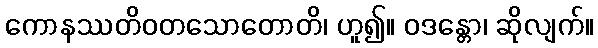
ကောနဿတိဝတသောတောတိ၊ ဟူ၍။ ဝဒန္တော၊ ဆိုလျက်။